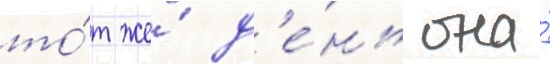
то́т же́ д'е́нь она́